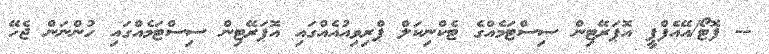
-- ފޮޓޯ/އޭއެފްޕީ އޮޕަރޭޓިން ސިސްޓަމެއްގެ ޓެކްނިކަލް ޕްރިވިއުއެއްގައި އޮޕަރޭޓިން ސިސްޓަމެއްގައި ހުންނަން ޖެހޭ